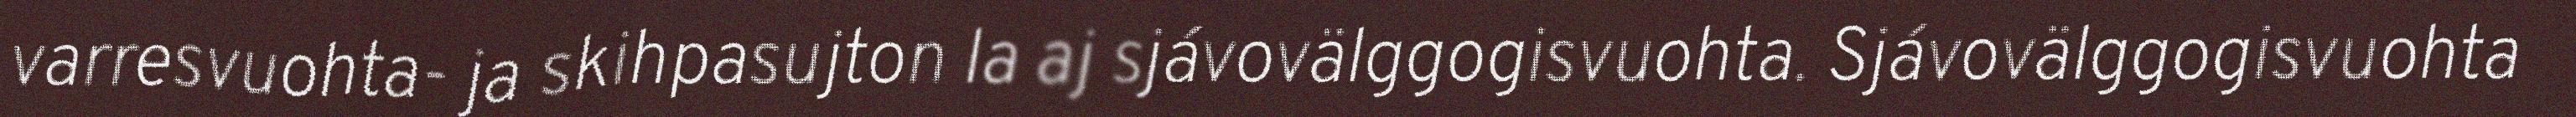
varresvuohta- ja skihpasujton la aj sjávovälggogisvuohta. Sjávovälggogisvuohta